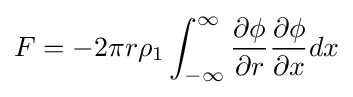
F=-2\pi r\rho _{1}\int _{-\infty }^{\infty }{\frac {\partial \phi }{\partial r}}{\frac {\partial \phi }{\partial x}}dx